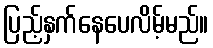
ပြည့်နှက်နေပေလိမ့်မည်။